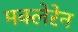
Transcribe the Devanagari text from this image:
मक्लेरेन